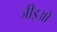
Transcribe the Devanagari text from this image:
जीइओ